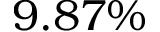
9 . 8 7 \%